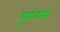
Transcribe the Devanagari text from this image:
मुंडनास